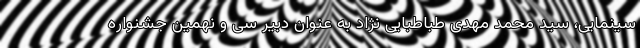
سینمایی، سید محمد مهدی طباطبایی نژاد به عنوان دبیر سی و نهمین جشنواره